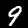
Label: 9